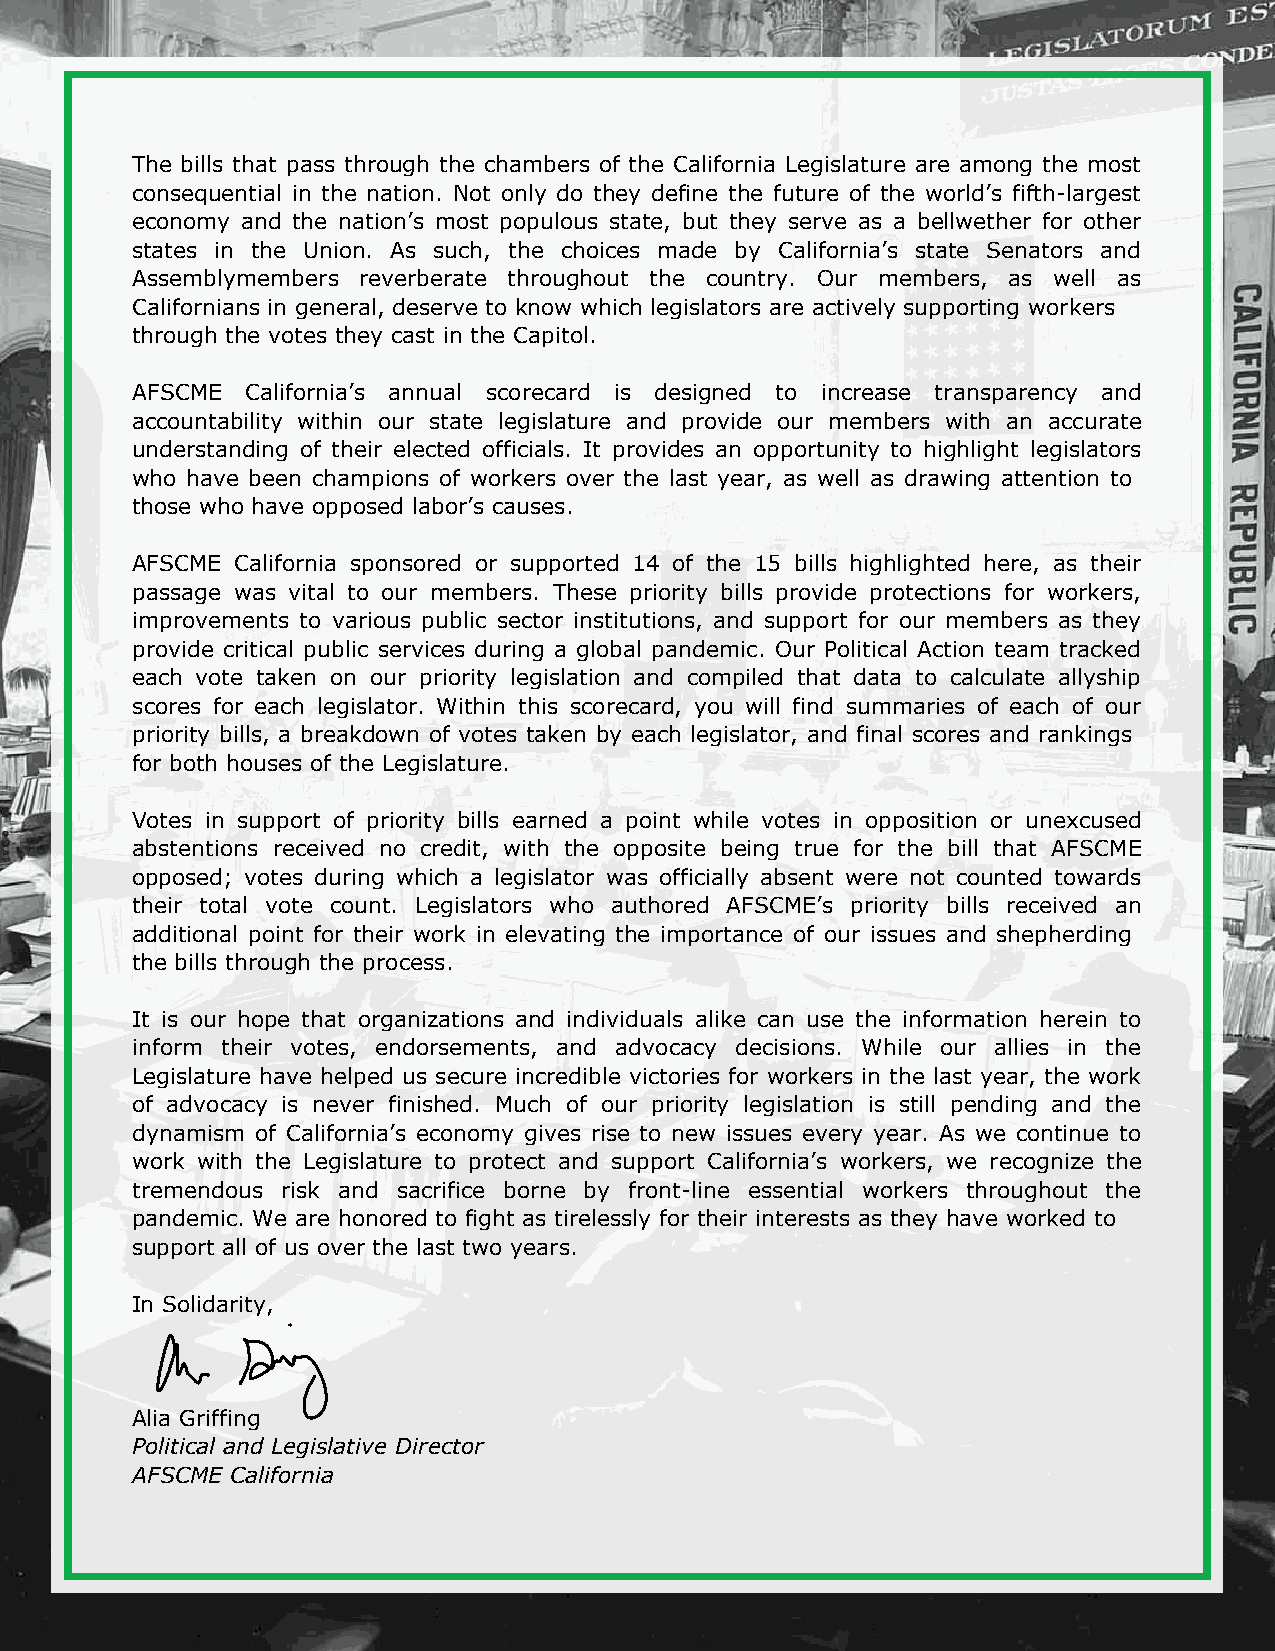
The bills that pass through the chambers of the California Legislature are among the most
 consequential in the nation. Not only do they define the future of the world’s fifth-largest
 economy and the nation’s most populous state, but they serve as a bellwether for other
 states in the Union. As such, the choices made by California’s state Senators and
 Assemblymembers reverberate throughout the country. Our members, as well as
 Californians in general, deserve to know which legislators are actively supporting workers
 through the votes they cast in the Capitol.
 AFSCME California’s annual scorecard is designed to increase transparency and
 accountability within our state legislature and provide our members with an accurate
 understanding of their elected officials. It provides an opportunity to highlight legislators
 who have been champions of workers over the last year, as well as drawing attention to
 those who have opposed labor’s causes.
 AFSCME California sponsored or supported 14 of the 15 bills highlighted here, as their
 passage was vital to our members. These priority bills provide protections for workers,
 improvements to various public sector institutions, and support for our members as they
 provide critical public services during a global pandemic. Our Political Action team tracked
 each vote taken on our priority legislation and compiled that data to calculate allyship
 scores for each legislator. Within this scorecard, you will find summaries of each of our
 priority bills, a breakdown of votes taken by each legislator, and final scores and rankings
 for both houses of the Legislatu re.
 Votes in support of priority bills earned a point while votes in opposition or unexcused
 abstentions received no credit, with the opposite being true for the bill that AFSCME
 opposed; votes during which a legislator was officially absent were not counted towards
 their total vote count. Legislators who authored AFSCME’s priority bills received an
 additional point for their work in elevating the importance of our issues and shepherding
 the bills through the process.
 It is our hope that organizations and individuals alike can use the information herein to
 inform their votes, endorsements, and advocacy decisions. While our allies in the
 Legislature have helped us secure incredible victories for workers in the last year, the work
 of advocacy is never finished. Much of our priority legislation is still pending and the
 dynamism of California’s economy gives rise to new issues every year. As we continue to
 work with the Legislature to protect and support California’s workers, we recognize the
 tremendous risk and sacrifice borne by front-line essential workers throughout the
 pandemic. We are honored to fight as tirelessly for their interests as they have worked to
 support all of us over the last two years.
 In Solidarity,
 Alia Griffing
 Political and Legislative Director
 AFSCME California